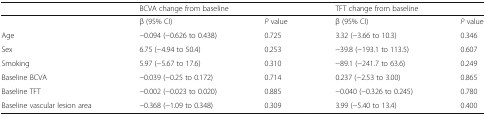
<table><thead><tr><td></td><td colspan="2"><b>BCVA change from baseline</b></td><td colspan="2"><b>TFT change from baseline</b></td></tr></thead><tbody><tr><td></td><td>β (95% CI)</td><td><i>P</i> value</td><td>β (95% CI)</td><td><i>P</i> value</td></tr><tr><td>Age</td><td>−0.094 (−0.626 to 0.438)</td><td>0.725</td><td>3.32 (−3.66 to 10.3)</td><td>0.346</td></tr><tr><td>Sex</td><td>6.75 (−4.94 to 50.4)</td><td>0.253</td><td>−39.8 (−193.1 to 113.5)</td><td>0.607</td></tr><tr><td>Smoking</td><td>5.97 (−5.67 to 17.6)</td><td>0.310</td><td>−89.1 (−241.7 to 63.6)</td><td>0.249</td></tr><tr><td>Baseline BCVA</td><td>−0.039 (−0.25 to 0.172)</td><td>0.714</td><td>0.237 (−2.53 to 3.00)</td><td>0.865</td></tr><tr><td>Baseline TFT</td><td>−0.002 (−0.023 to 0.020)</td><td>0.885</td><td>−0.040 (−0.326 to 0.245)</td><td>0.780</td></tr><tr><td>Baseline vascular lesion area</td><td>−0.368 (−1.09 to 0.348)</td><td>0.309</td><td>3.99 (−5.40 to 13.4)</td><td>0.400</td></tr></tbody></table>